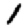
Digit: 1